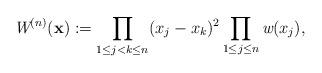
LaTeX: \begin{align*} \emph{W}^{(n)}(\mathbf{x}):= \prod_{1\leq j<k\leq n} (x_j-x_k)^2 \prod_{1\leq j\leq n} \emph{w}(x_j) ,\end{align*}